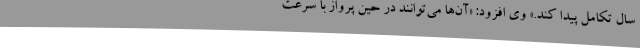
سال تکامل پیدا کند.» وی افزود: «آن‌ها می‌توانند در حین پرواز با سرعت